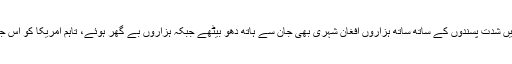
18 برس سے زائد جاری رہنے والی جنگ میں شدت پسندوں کے ساتھ ساتھ ہزاروں افغان شہری بھی جان سے ہاتھ دھو بیٹھے جبکہ ہزاروں بے گھر ہوئے، تاہم امریکا کو اس جنگ میں اب تک کامیابی حاصل نہیں ہوسکی۔